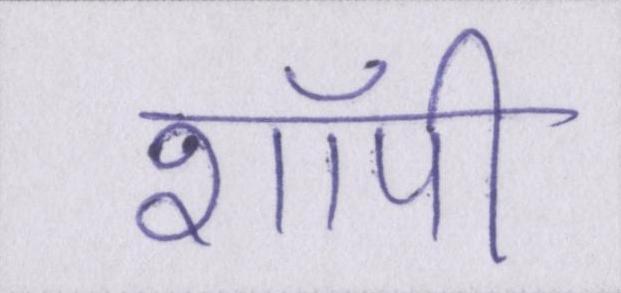
शॉपी